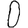
Digit: 0